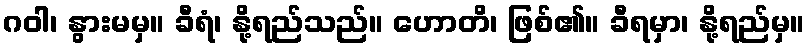
ဂဝါ၊ နွားမမှ။ ခီရံ၊ နို့ရည်သည်။ ဟောတိ၊ ဖြစ်၏။ ခီရမှာ၊ နို့ရည်မှ။